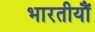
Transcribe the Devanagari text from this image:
भारतीयौं